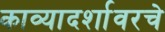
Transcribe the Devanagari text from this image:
काव्यादर्शावरचे